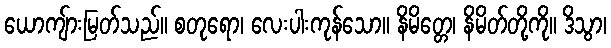
ယောကျ်ားမြတ်သည်။ စတုရော၊ လေးပါးကုန်သော။ နိမိတ္တေ၊ နိမိတ်တို့ကို။ ဒိသွာ၊